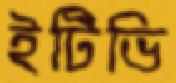
ইটিভি